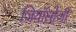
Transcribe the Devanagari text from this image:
जियॉलोजी